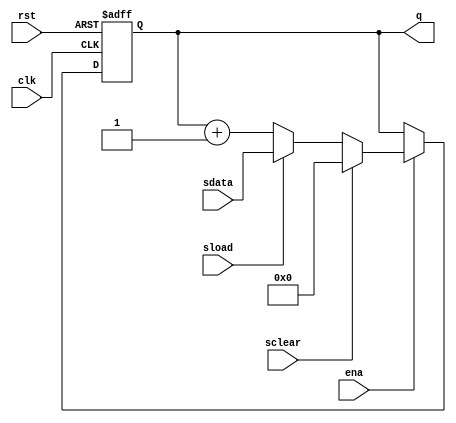
// Copyright 2007 Altera Corporation. All rights reserved.  
// Altera products are protected under numerous U.S. and foreign patents, 
// maskwork rights, copyrights and other intellectual property laws.  
//
// This reference design file, and your use thereof, is subject to and governed
// by the terms and conditions of the applicable Altera Reference Design 
// License Agreement (either as signed by you or found at www.altera.com).  By
// using this reference design file, you indicate your acceptance of such terms
// and conditions between you and Altera Corporation.  In the event that you do
// not agree with such terms and conditions, you may not use the reference 
// design file and please promptly destroy any copies you have made.
//
// This reference design file is being provided on an "as-is" basis and as an 
// accommodation and therefore all warranties, representations or guarantees of 
// any kind (whether express, implied or statutory) including, without 
// limitation, warranties of merchantability, non-infringement, or fitness for
// a particular purpose, are specifically disclaimed.  By making this reference
// design file available, Altera expressly does not recommend, suggest or 
// require that this reference design file be used in combination with any 
// other product not provided by Altera.
/////////////////////////////////////////////////////////////////////////////

// baeckler - 06-16-2006
//
// Standard issue binary counter with all of the register secondary
// hardware. (1 cell per bit)

module cntr (clk,ena,rst,sload,sdata,sclear,q);

parameter WIDTH = 16;

input clk,ena,rst,sload,sclear;
input [WIDTH-1:0] sdata;

output [WIDTH-1:0] q;
reg [WIDTH-1:0] q;

always @(posedge clk or posedge rst) begin
	if (rst) q <= 0;
	else begin
		if (ena) begin
			if (sclear) q <= 0;
			else if (sload) q <= sdata;
			else q <= q + 1'b1;
		end
	end
end

endmodule